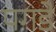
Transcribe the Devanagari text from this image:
पगडे